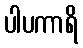
ပါပကာရိ